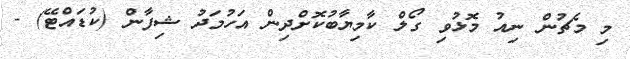
މި މެޗުން ނިއު މޮޅުވި ގޯލް ކާމިޔާބުކޮށްދިން އަހުމަދު ޝިފާން (ކުޑައްޓޭ) -